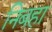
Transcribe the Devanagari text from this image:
निबहा